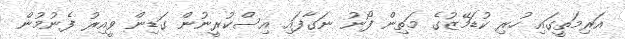
އަރިމަތީގައި ހުރި ކުޑަމޭޒުގެ މަތިން ފޯނު ނަގާފައި އިސްކުރީނުން ގަޑިން ވީއިރު ފެނުމުން